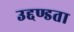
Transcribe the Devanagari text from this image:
उद्दण्डता